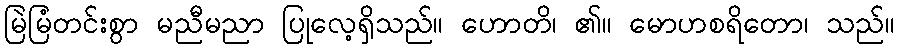
မြဲမြံတင်းစွာ မညီမညာ ပြုလေ့ရှိသည်။ ဟောတိ၊ ၏။ မောဟစရိတော၊ သည်။